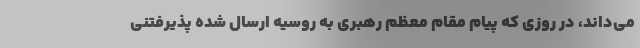
می‌داند، در روزی که پیام مقام معظم رهبری به روسیه ارسال شده پذیرفتنی